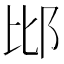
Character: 𨚍